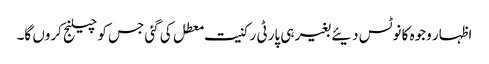
اظہار وجوہ کا نوٹس دیئے بغیر ہی پارٹی رکنیت معطل کی گئی جس کو چیلنج کروں گا۔